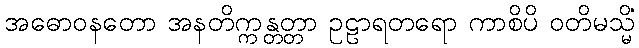
အဓောဝနတော အနတိက္ကန္တတ္တာ ဥဠာရတရော ကာစိပိ ဝတိမသ္မိံ